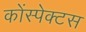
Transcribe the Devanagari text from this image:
कोंस्पेक्टस